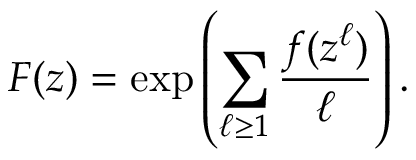
F ( z ) = \exp \left( \sum _ { \ell \geq 1 } { \frac { f ( z ^ { \ell } ) } { \ell } } \right) .